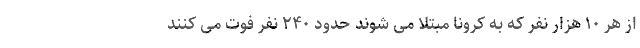
از هر ۱۰ هزار نفر که به کرونا مبتلا می شوند حدود ۲۴۰ نفر فوت می کنند